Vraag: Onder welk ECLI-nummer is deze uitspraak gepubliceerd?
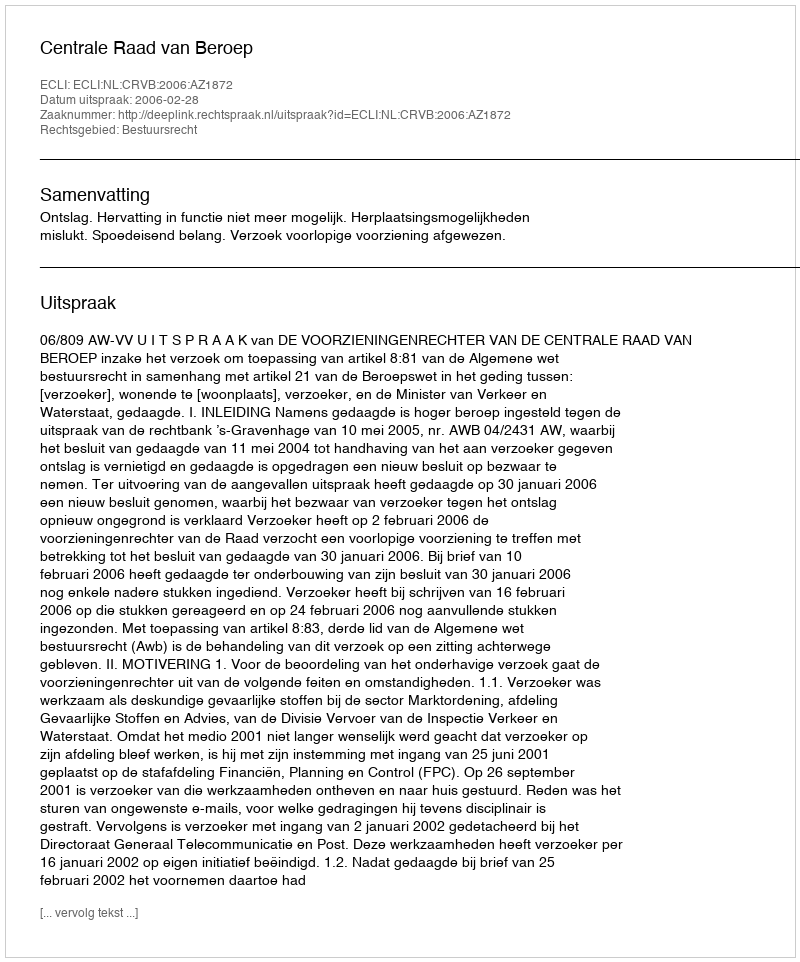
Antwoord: ECLI:NL:CRVB:2006:AZ1872